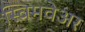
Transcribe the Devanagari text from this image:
स्विमवेअर